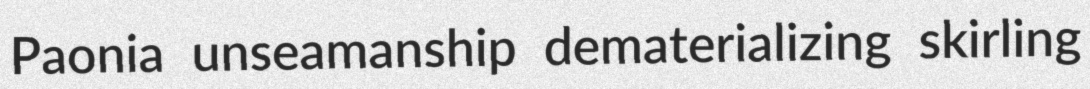
Paonia unseamanship dematerializing skirling